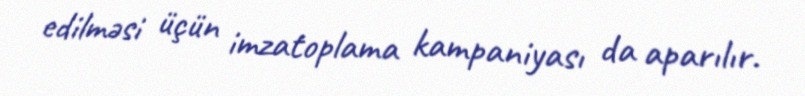
edilməsi üçün imzatoplama kampaniyası da aparılır.